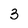
Character: 3